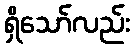
ရှိသော်လည်း